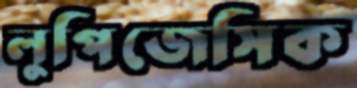
লুপিজেসিক